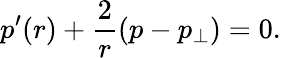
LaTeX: p^{\prime}(r)+\frac{2}{r}(p-p_{\perp})=0.